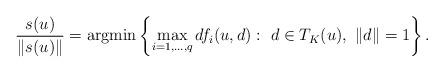
LaTeX: \begin{align*}\ \frac{s(u)}{\|s(u)\|} = \mbox{\rm argmin} \left\{ \max\limits_{i=1,...,q} df_i(u,d) : \ d\in T_K(u), \ \|d\|=1 \right\}.\end{align*}